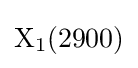
{\rm {X_{1}(2900)}}